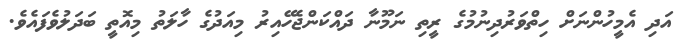
އަދި އެމީހުންނަށް ހިތްވަރުދިނުމުގެ ރީތި ނަމޫނާ ދައްކަންޖެހޭއިރު މިއަދުގެ ހާލަތު މިއޮތީ ބަދަލުވެފައެވެ.